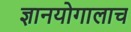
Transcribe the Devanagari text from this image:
ज्ञानयोगालाच